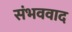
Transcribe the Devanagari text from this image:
संभववाद